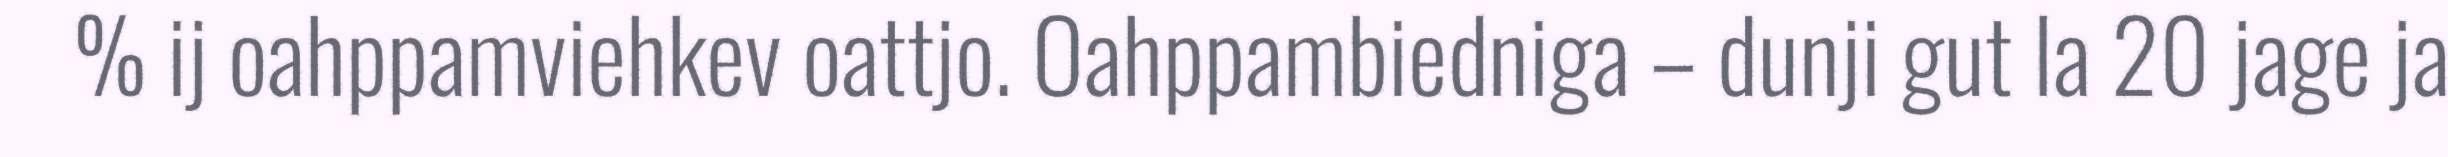
% ij oahppamviehkev oattjo. Oahppambiedniga – dunji gut la 20 jage ja